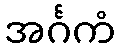
အင်္ဂကံ